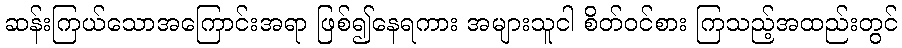
ဆန်းကြယ်သောအကြောင်းအရာ ဖြစ်၍နေရကား အများသူငါ စိတ်ဝင်စား ကြသည့်အထည်းတွင်